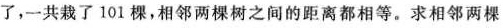
了，一共栽了101棵，相邻两棵树之间的距离都相等。求相邻两棵